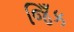
જિઁક